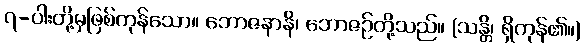
၇-ပါးတို့မှဖြစ်ကုန်သော။ ဘောဇနာနိ၊ ဘောဇဉ်တို့သည်။ (သန္တိ၊ ရှိကုန်၏။)